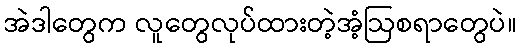
အဲဒါတွေက လူတွေလုပ်ထားတဲ့အံ့ဩစရာတွေပဲ။